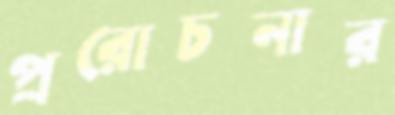
প্ররোচনার